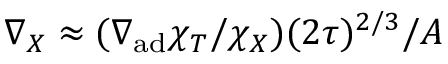
\nabla _ { X } \approx ( \nabla _ { \mathrm { a d } } \chi _ { T } / \chi _ { X } ) ( 2 \tau ) ^ { 2 / 3 } / A